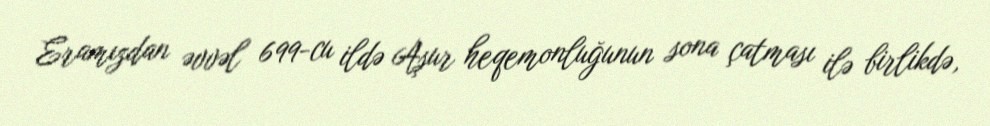
Eramızdan əvvəl 699-cu ildə Aşur heqemonluğunun sona çatması ilə birlikdə,